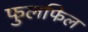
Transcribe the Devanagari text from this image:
फुलफिल